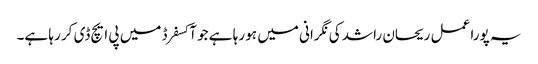
یہ پورا عمل ریحان راشد کی نگرانی میں ہو رہا ہے جو آکسفرڈ میں پی ایچ ڈی کر رہا ہے۔